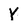
Character: Y